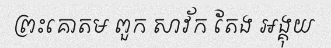
ព្រះគោតម ពួក សាវ័ក តែង អង្គុយ